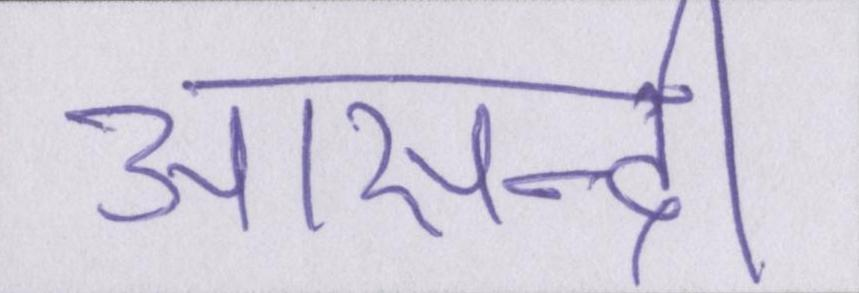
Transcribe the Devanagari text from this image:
आसन्दी